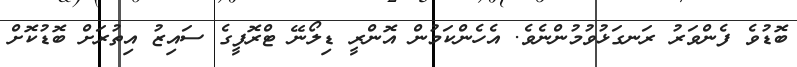
ބޮޑުވެ ފެންވަރު ރަނގަޅުވުމުންނެވެ. އެހެންކަމުން އޮންރީ ޑިލޯނޭ ޓްރޮފީގެ ސައިޒު އިތުރަށް ބޮޑުކޮށް